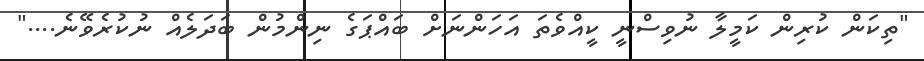
"ތިކަން ކުރިން ކަމީލާ ނުވިސްނީ ކީއްވެތަ އަހަންނަށް ބައްޕަގެ ނިންމުން ބަދަލެއް ނުކުރެވޭނެ...."